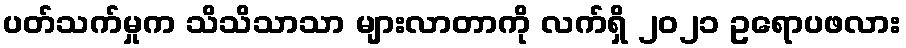
ပတ်သက်မှုက သိသိသာသာ များလာတာကို လက်ရှိ ၂၀၂၁ ဥရောပဖလား